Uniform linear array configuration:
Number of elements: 8
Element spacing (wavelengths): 1
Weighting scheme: blackman
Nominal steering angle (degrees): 45
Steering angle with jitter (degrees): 43.897
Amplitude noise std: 0.05
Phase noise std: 0.05

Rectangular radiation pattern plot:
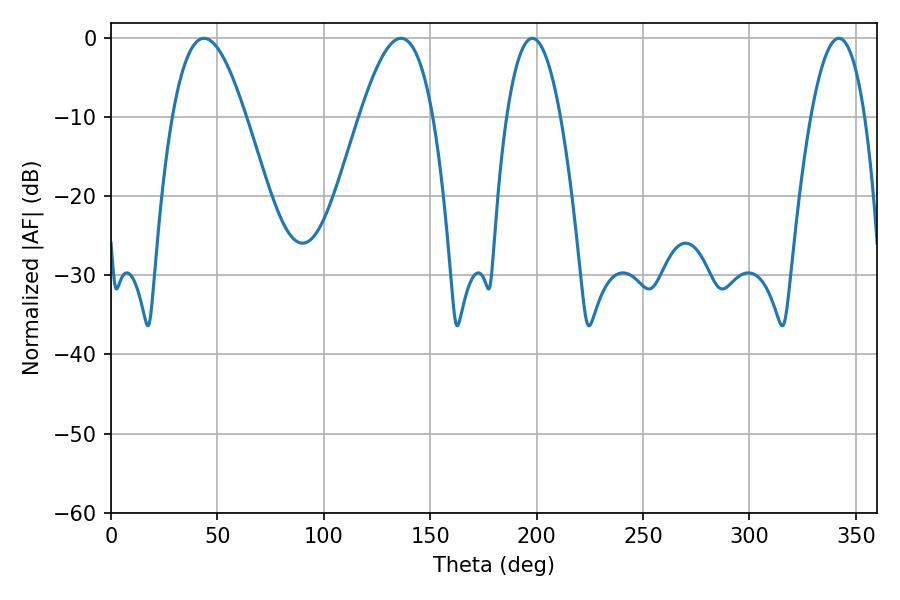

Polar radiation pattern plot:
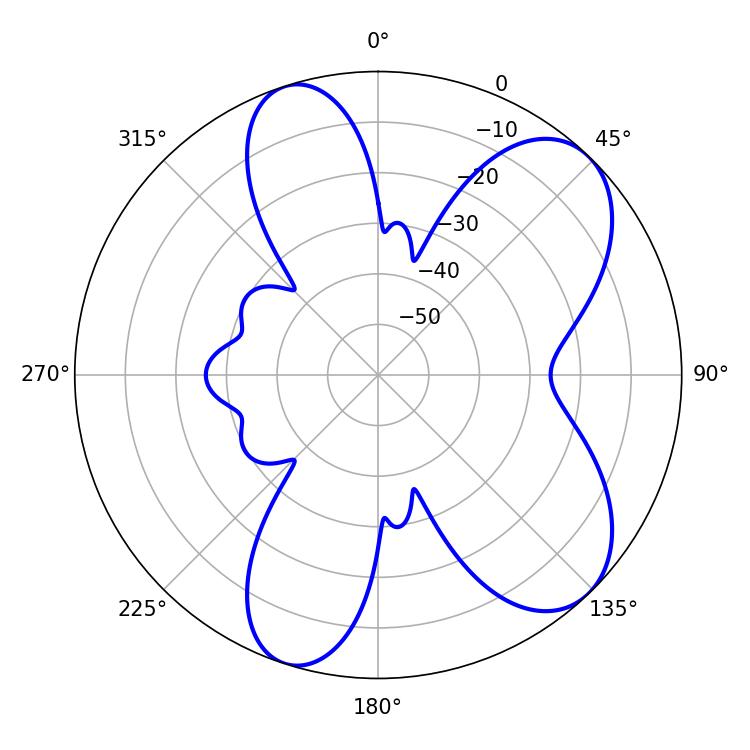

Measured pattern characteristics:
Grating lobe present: TRUE
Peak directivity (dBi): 7.749
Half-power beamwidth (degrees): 18.72
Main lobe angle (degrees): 43.74